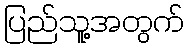
ပြည်သူ့အတွက်